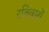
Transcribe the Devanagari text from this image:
रविवारों